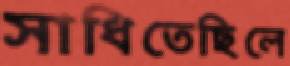
সাধিতেছিলে